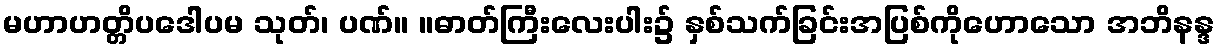
မဟာဟတ္တိပဒေါပမ သုတ်၊ ပဏ်။ ။ဓာတ်ကြီးလေးပါး၌ နှစ်သက်ခြင်းအပြစ်ကိုဟောသော အဘိနန္ဒ